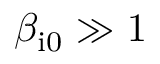
\beta _ { \mathrm { i 0 } } \gg 1